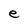
Character: e